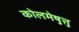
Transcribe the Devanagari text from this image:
कोलमेष़ुत्तु